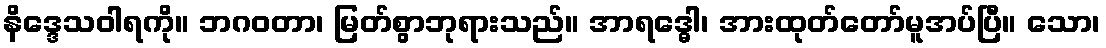
နိဒ္ဒေသဝါရကို။ ဘဂဝတာ၊ မြတ်စွာဘုရားသည်။ အာရဒ္ဓေါ၊ အားထုတ်တော်မူအပ်ပြီ။ သော၊